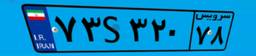
۸۲S۹۱۷۰۳